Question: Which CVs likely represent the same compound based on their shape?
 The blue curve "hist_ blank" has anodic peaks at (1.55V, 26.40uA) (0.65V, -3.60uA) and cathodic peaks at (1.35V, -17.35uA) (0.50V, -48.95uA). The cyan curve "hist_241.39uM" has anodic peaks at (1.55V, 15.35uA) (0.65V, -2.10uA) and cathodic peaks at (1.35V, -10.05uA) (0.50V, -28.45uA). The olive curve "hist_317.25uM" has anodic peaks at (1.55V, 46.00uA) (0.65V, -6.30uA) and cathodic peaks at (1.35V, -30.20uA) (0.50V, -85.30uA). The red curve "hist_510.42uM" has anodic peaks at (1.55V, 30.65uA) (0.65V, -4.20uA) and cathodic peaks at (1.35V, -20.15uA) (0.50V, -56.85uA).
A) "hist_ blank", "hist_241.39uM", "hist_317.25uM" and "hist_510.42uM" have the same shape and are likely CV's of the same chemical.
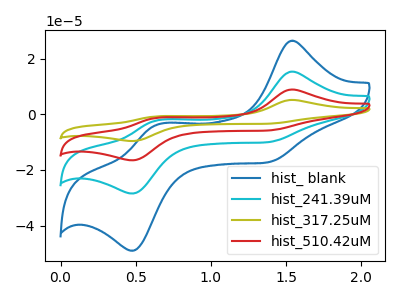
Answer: <think>All the peaks in "hist_ blank" have a peak in "hist_241.39uM" at the same potential. All the peaks in "hist_ blank" have a peak in "hist_317.25uM" at the same potential. All the peaks in "hist_ blank" have a peak in "hist_510.42uM" at the same potential. All the peaks in "hist_241.39uM" have a peak in "hist_317.25uM" at the same potential. All the peaks in "hist_241.39uM" have a peak in "hist_510.42uM" at the same potential. All the peaks in "hist_317.25uM" have a peak in "hist_510.42uM" at the same potential.
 </think>
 <answer>A) "hist_ blank", "hist_241.39uM", "hist_317.25uM" and "hist_510.42uM" have the same shape and are likely CV's of the same chemical.</answer>
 <eval>A</eval>